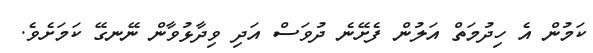
ކަމުން އެ ހިދުމަތް އަލުން ފެށޭނެ ދުވަސް އަދި ވިދާޅުވާން ނޭނގޭ ކަމަށެވެ.